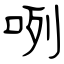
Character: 咧